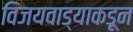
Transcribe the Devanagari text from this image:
विजयवाड्याकडून